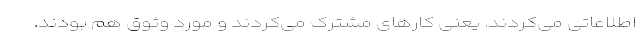
اطلاعاتی می‌کردند. یعنی کارهای مشترک می‌کردند و مورد وثوق هم بودند.